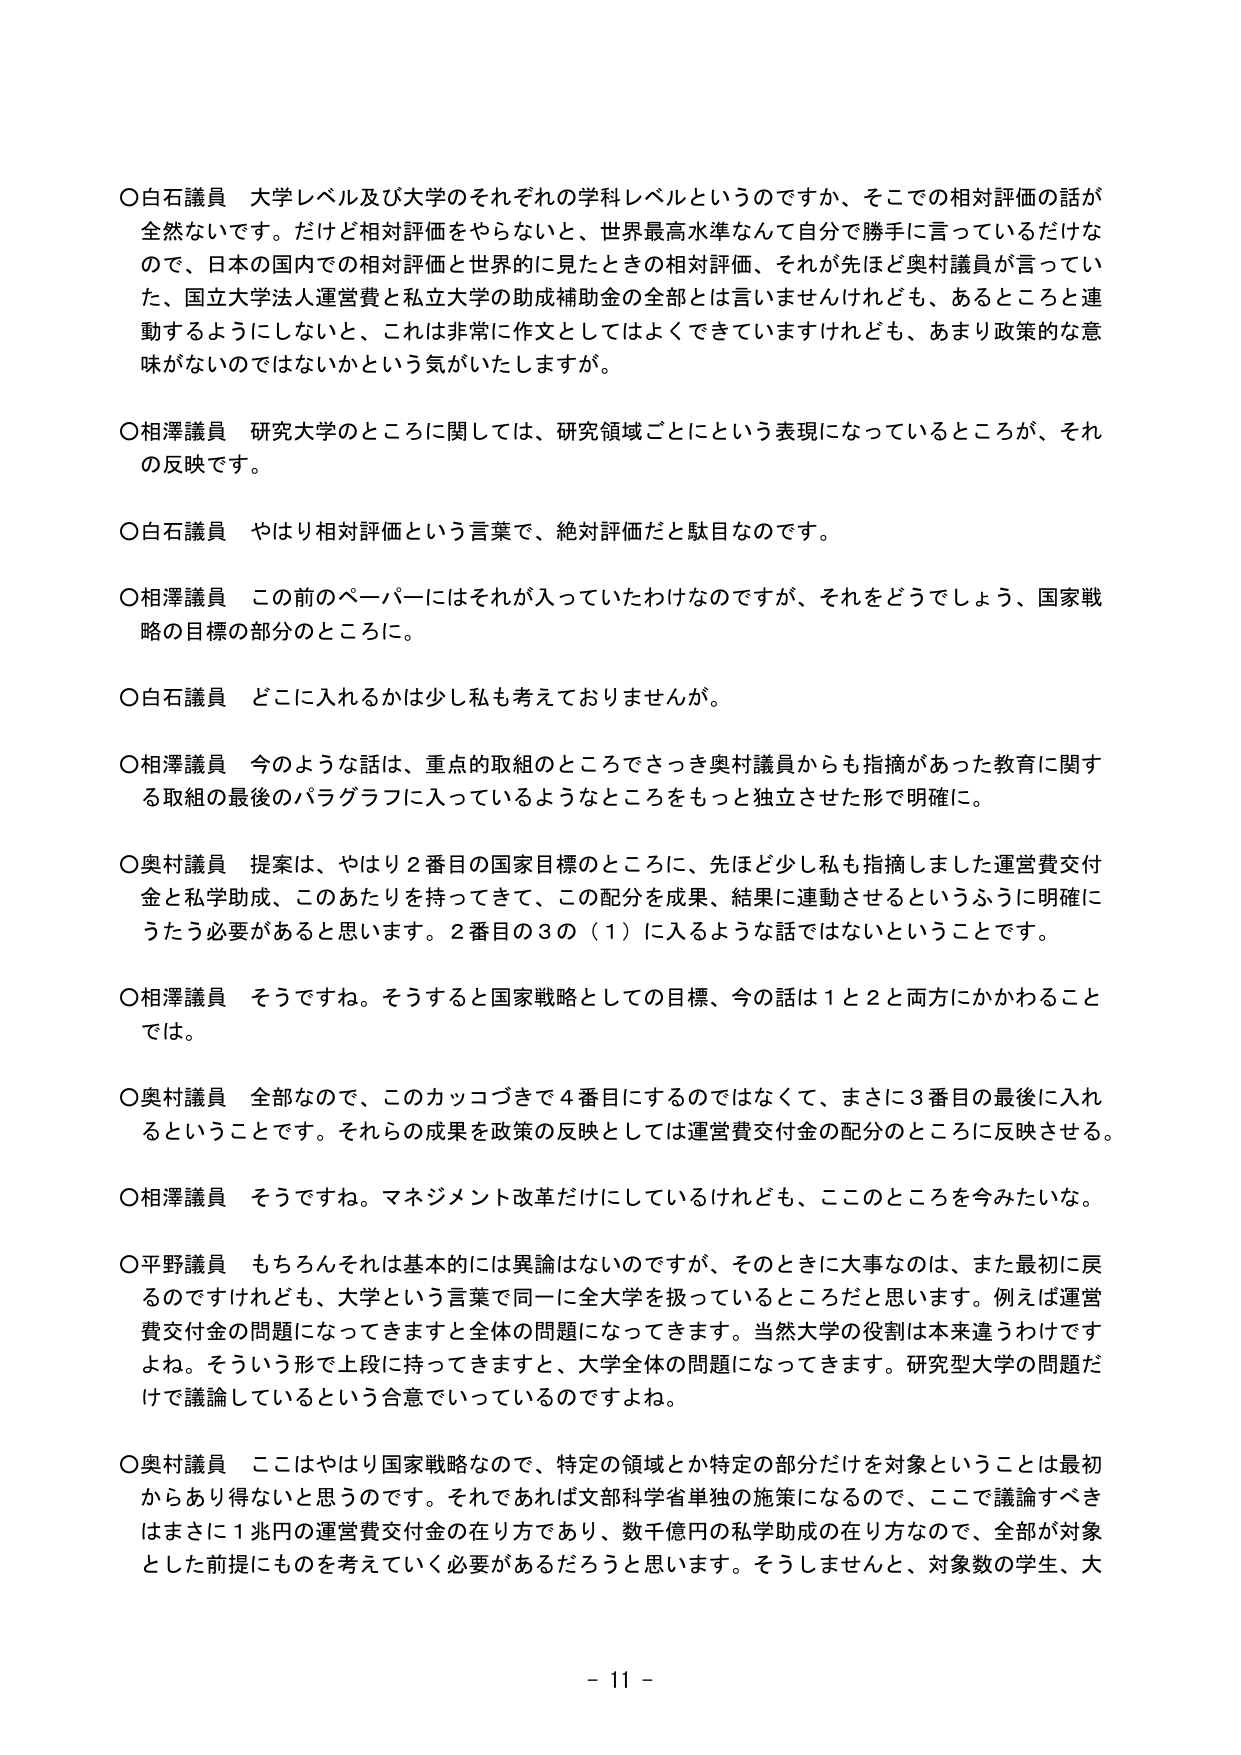
○白石議員 大学レベル及び大学のそれぞれの学科レベルというのですか、そこでの相対評価の話が全然ないです。だけど相対評価をやらないと、世界最高水準なんて自分で勝手に言っているだけなので、日本の国内での相対評価と世界的に見たときの相対評価、それが先ほど奥村議員が言っていた、国立大学法人運営費と私立大学の助成補助金の全部とは言いませんけれども、あるところと連動するようにしないと、これは非常に作文としてはよくできていますけれども、あまり政策的な意味がないのではないかという気がいたしますが。

○相澤議員 研究大学のところに関しては、研究領域ごとにという表現になっているところが、それの反映です。

○白石議員 やはり相対評価という言葉で、絶対評価だと駄目なのです。

○相澤議員 この前のペーパーにはそれが入っていたわけなのですが、それをどうでしょう、国家戦略の目標の部分のところに。

○白石議員 どこに入れるかは少し私も考えておりませんが。

○相澤議員 今のような話は、重点的取組のところでさっき奥村議員からも指摘があった教育に関する取組の最後のパラグラフに入っているようなところをもっと独立させた形で明確に。

○奥村議員 提案は、やはり2番目の国家目標のところに、先ほど少し私も指摘しました運営費交付金と私学助成、このあたりを持ってきて、この配分を成果、結果に連動させるというふうに明確にうたう必要があると思います。2番目の3の（1）に入るような話ではないということです。

○相澤議員 そうですね。そうすると国家戦略としての目標、今の話は1と2と両方にかかわることでは。

○奥村議員 全部なので、このカッコづきで4番目にするのではなくて、まさに3番目の最後に入れるということです。それらの成果を政策の反映としては運営費交付金の配分のところに反映させる。

○相澤議員 そうですね。マネジメント改革だけにしているけれども、ここのところを今みたいな。

○平野議員 もちろんそれは基本的には異論はないのですが、そのときに大事なのは、また最初に戻るのですけれども、大学という言葉で同一に全大学を扱っているところだと思います。例えば運営費交付金の問題になってきますと全体の問題になってきます。当然大学の役割は本来違うわけですよね。そういう形で上段に持ってきますと、大学全体の問題になってきます。研究型大学の問題だけで議論しているという合意でいっているのですよね。

○奥村議員 ここはやはり国家戦略なので、特定の領域とか特定の部分だけを対象ということは最初からあり得ないと思うのです。それであれば文部科学省単独の施策になるので、ここで議論すべきはまさに1兆円の運営費交付金の在り方であり、数千億円の私学助成の在り方なので、全部が対象とした前提にものを考えていく必要があるだろうと思います。そうしませんと、対象数の学生、大

- 11 -